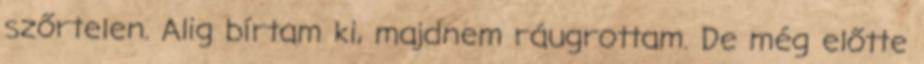
szőrtelen. Alig bírtam ki, majdnem ráugrottam. De még előtte